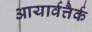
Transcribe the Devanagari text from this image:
आयार्वत्तैर्क